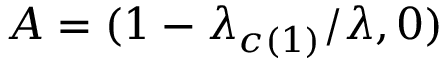
A = ( 1 - \lambda _ { c ( 1 ) } / \lambda , 0 )